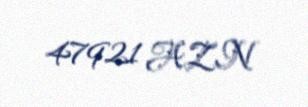
47921 AZN